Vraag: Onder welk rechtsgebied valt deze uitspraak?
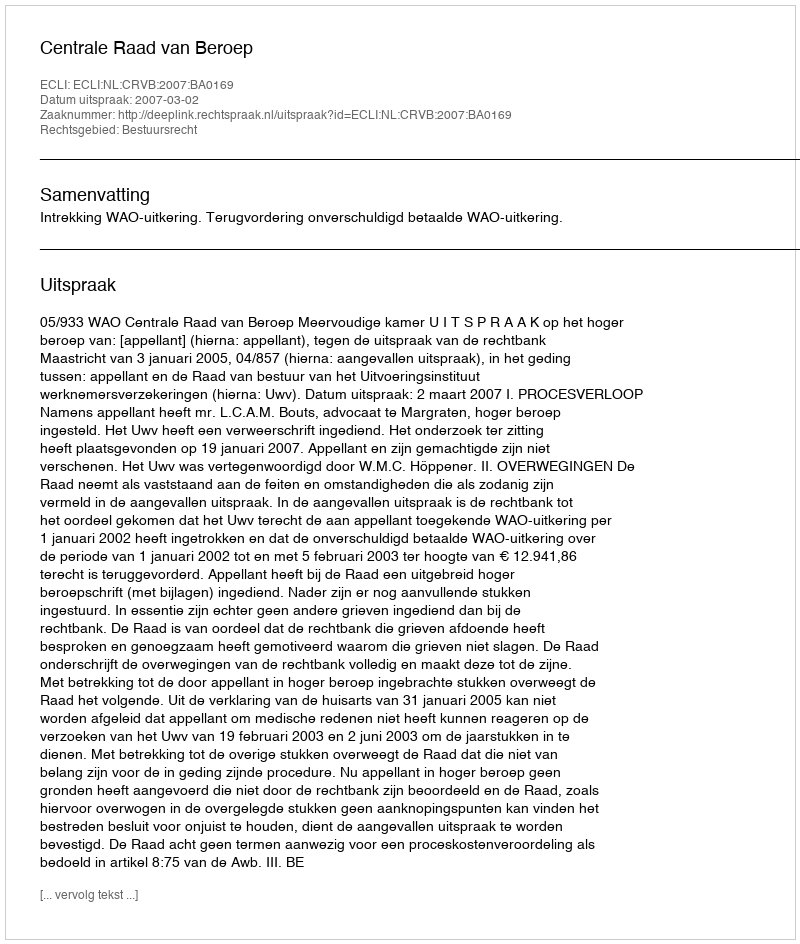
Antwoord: Bestuursrecht